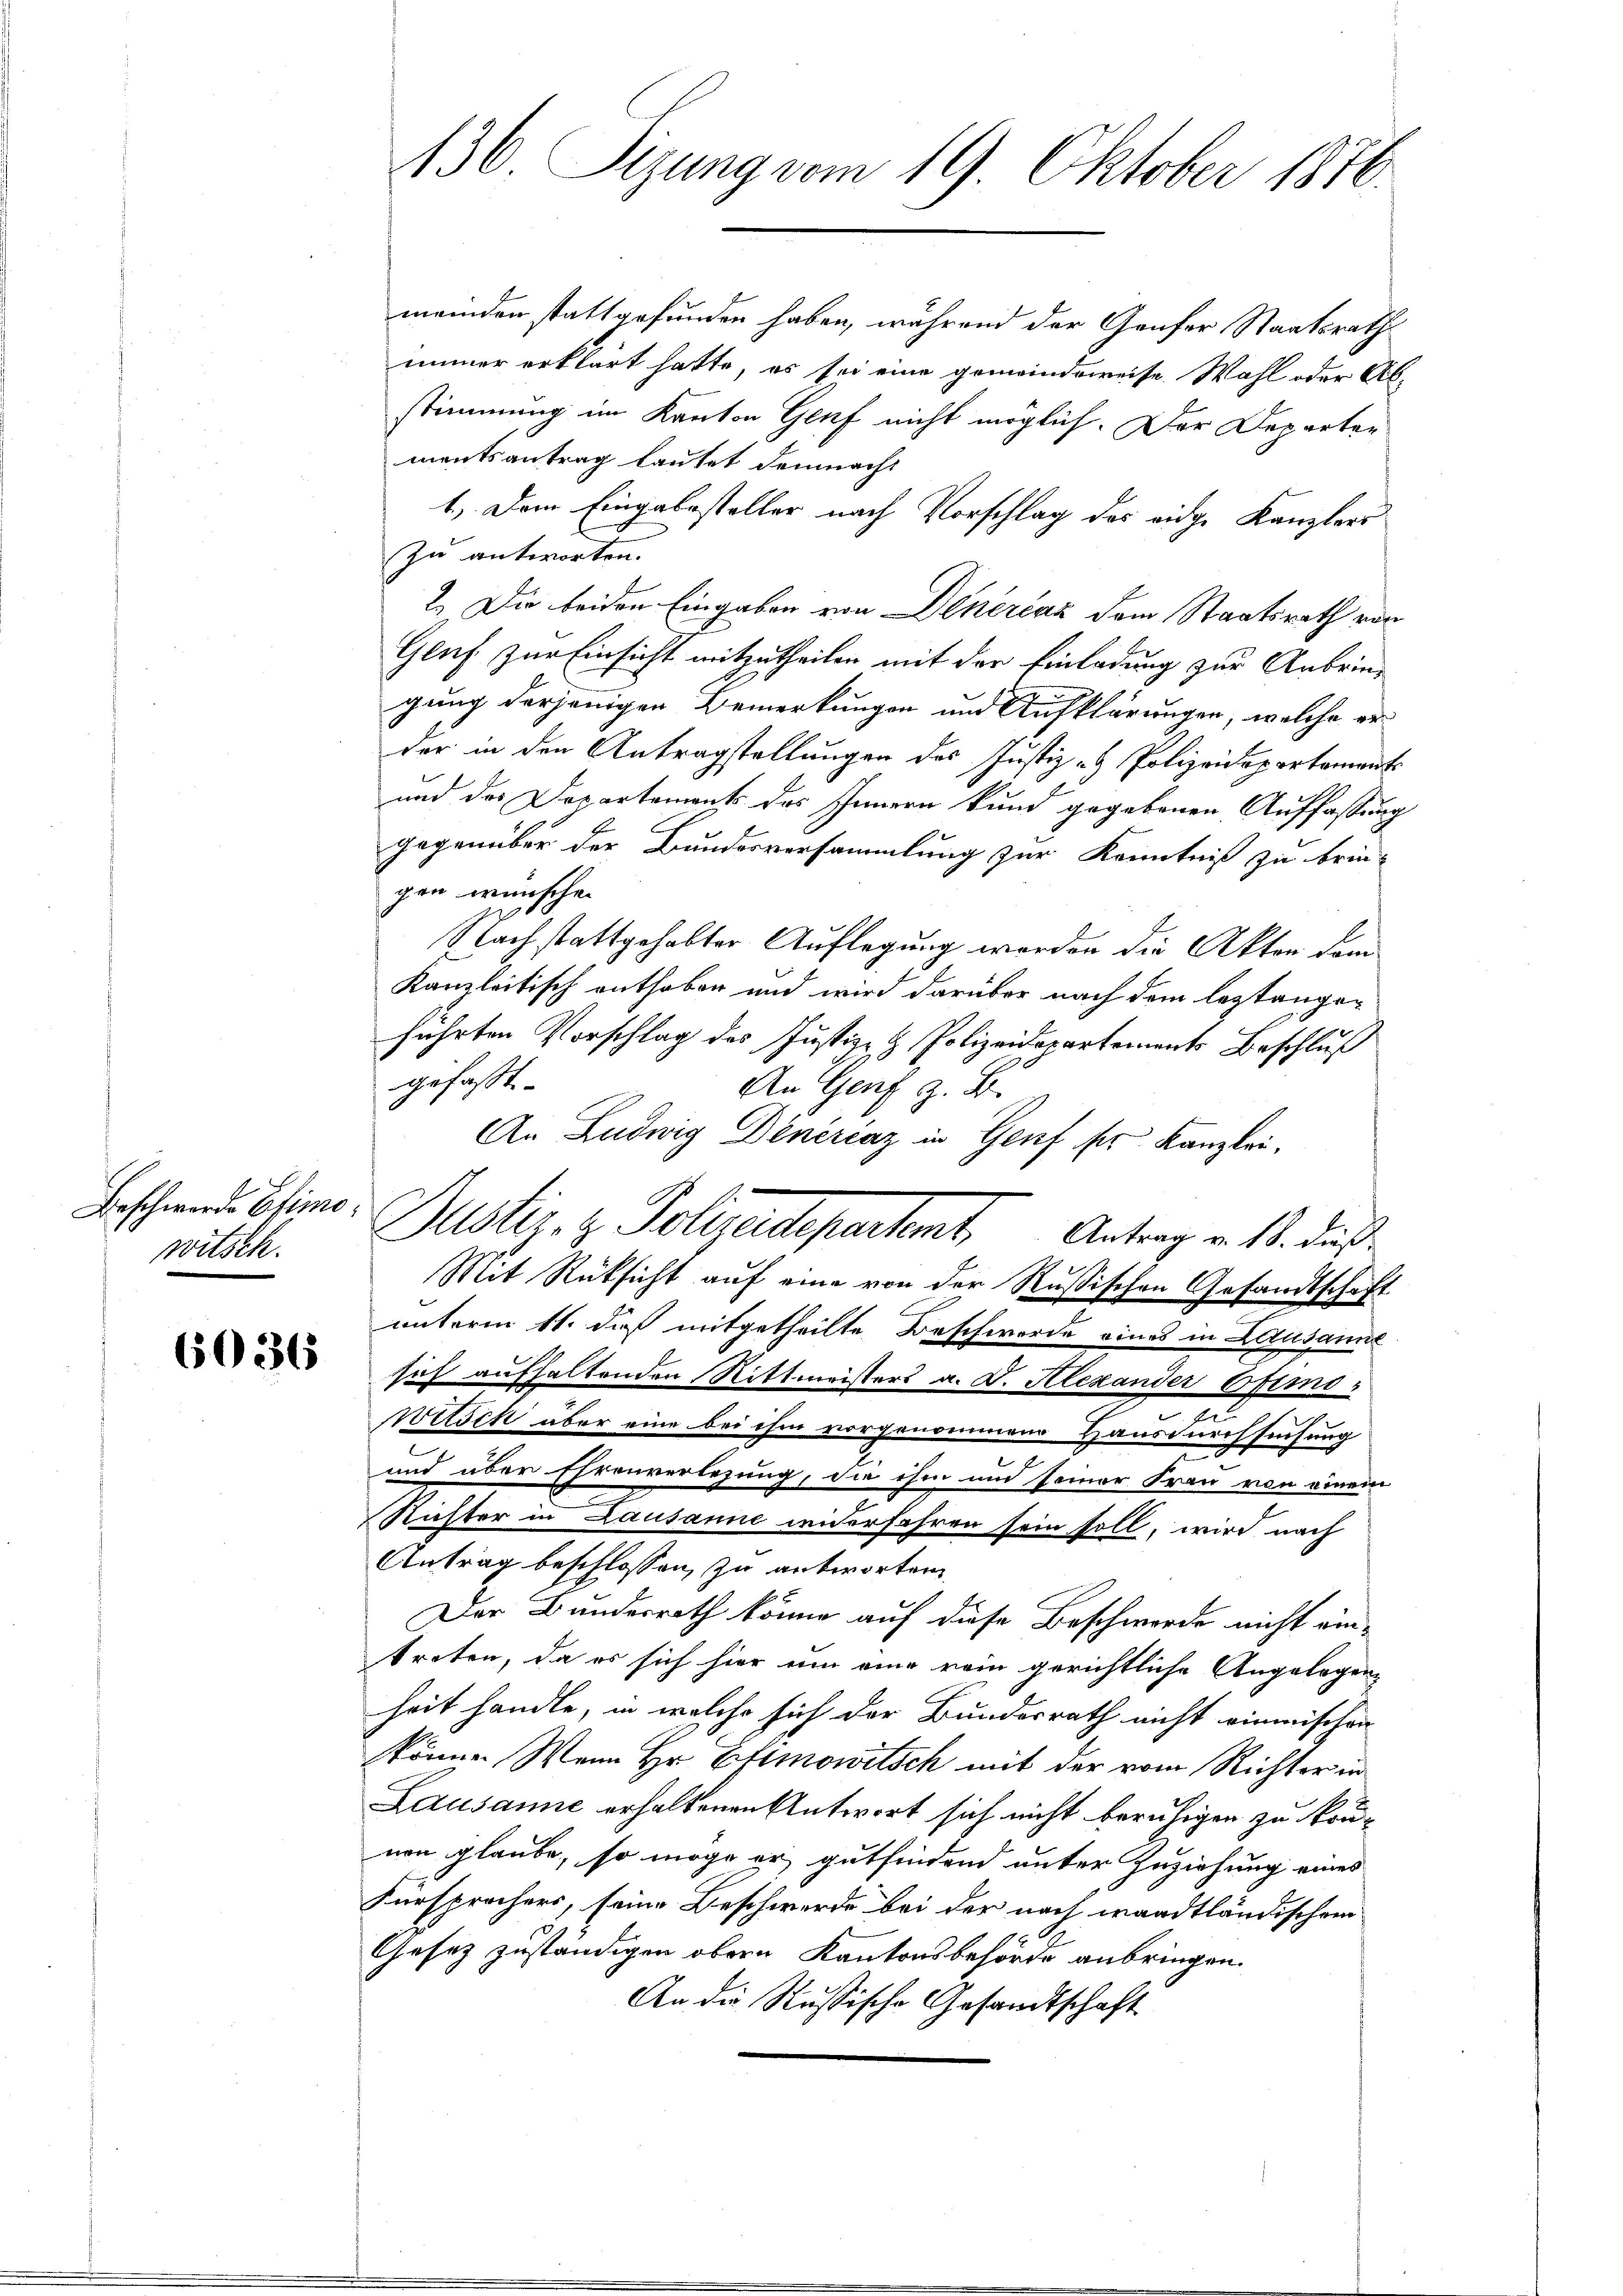
Beschwerde Elimo
witsch.

6036

136 Sizung vom 19. Oktober 1876.

meinden stattgefunden haben, während der Genfer Staatsrath
immer erklärt hatte, es sei eine gemeindeweise Wahl oder Abstimmung im Kanton Genf nicht möglich. Der Departen
mentsantrag lautet demnacht
1.) Dem Eingabesteller nach Vorschlag des eidge Kanzlers
zu antworten.
2.) Die beiden Eingaben von Dinérčaz dem Staatsrath von
Gluf zur Einsicht mitzutheilen mit der Einladung zur Anbringung derjenigen Bemerkungen und Aufklärungen, welche er
der in den Antragstellungen des Justiz- & Polizeidepartament
und das Departements des Innern kund gegebenen Auffassung
gegenüber der Bundesversammlung zur Kenntniß zu bringen wünsche.
Nachstattgehabter Auflegung worden die Akten dem
Kanzleitisch enthoben und wird darüber nach dem leztangeführten Vorschlag des Justiz- & Polizeidepartements Beschluß
gefaßt.
An Genf z. B.
An Ludwig Denerenz in Genf ser Kanzlei.
Justiz- & Polizeidepartente Antrag v. 18. dieß
Mit Rücksicht auf eine von der Rußischen Gesandtschaft
unterm 11. dieß mitgetheilte Beschwerde eines in Lausanne
sich aufhaltenden Rittmeisters a. d. Alexander Ofimo-
.
n
Witsch über eine bei ihm vorgenommene Hausdurchsuchung
v
und über Ehrenverlegung, die ihm und seiner Frau von einem
Richter in Lausanne wederfahren sein soll, wird nach
Antrag beschlossen, zu antworten
Der Bundesrath könne auf diese Beschwerde nicht ein-
treten, da es sich hier um eine rein gerichtliche Angelegen-
heit handle, in welche sich der Bundesrath nicht einmischen
könne. Wenn Hr. Ettmowitsch mit der vom Richter in
Lausanne erhaltenen Antwort sich nicht beruhigen zu können glaube, so möge er gutfindend unter Zuziehung eines
Fürsprechers, seine Beschwerde bei der nach waadtländischen
Gesez zuständigen obern Kantonsbehörde anbringen.
An die Russische Gesandtschaft